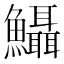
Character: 𩽪